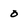
Character: o